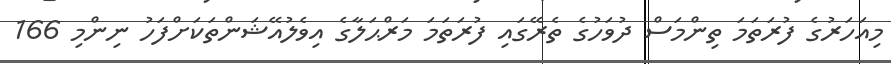
މިއަހަރުގެ ފުރަތަމަ ތިންމަސް ދުވަހުގެ ތެރޭގައި ފުރަތަމަ މަރްޙަލާގެ އިވެލުއޭޝަންތަކަށްފަހު ނިންމި 166